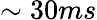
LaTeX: \sim 30ms